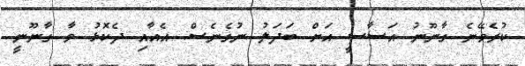
ކުރެވޭނެ ގާނޫނު އަސާސީ އަށް ބަދަލު ނުގެނެސް. އެއާއި ދެކޮޅު ވާ ގާނޫނީ